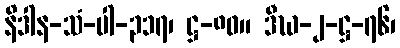
နိဒါန-သံ-ပါ-၃၁၇၊ ဋ္ဌ-၈၀။ ဒီဃ-၂-ဋ္ဌ-၇၆၊